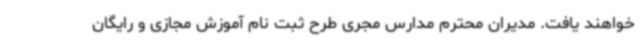
خواهند یافت. مدیران محترم مدارس مجری طرح ثبت نام آموزش مجازی و رایگان